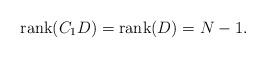
LaTeX: \begin{align*}\hbox{rank}(C_1D) = \hbox{rank}(D)=N-1.\end{align*}